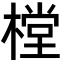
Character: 樘